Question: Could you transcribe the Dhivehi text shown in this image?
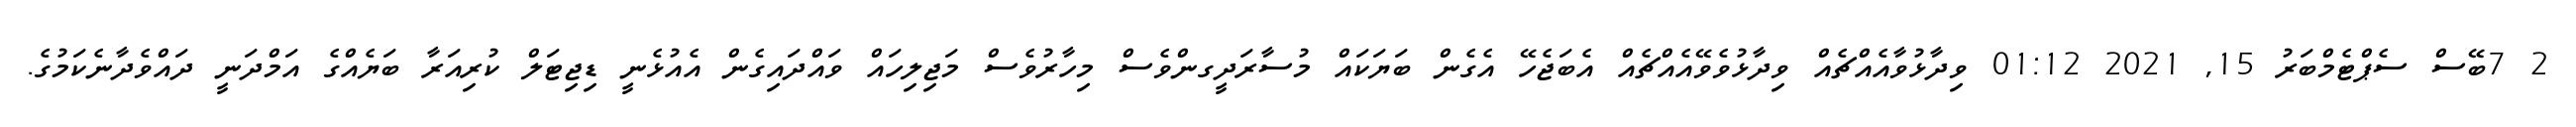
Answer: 2 7ބޭސް ސެޕްޓެމްބަރު 15, 2021 01:12 ވިދާޅުވާއެއްޗެއް ވިދާޅުވެވޭއެއްޗެއް އެބަޖެހޭ އެގެން ބަޔަކައް މުސާރަދީގންވެސް މިހާރުވެސް މަޖިލިހައް ވައްދައިގެން އެއުޅެނީ ޑިޖިޓަލް ކުރިއަރާ ބަޔެއްގެ އަމްދަނީ ދައްވެދާނެކަމުގެ.